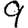
Digit: 9